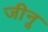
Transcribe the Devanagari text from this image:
जीनू